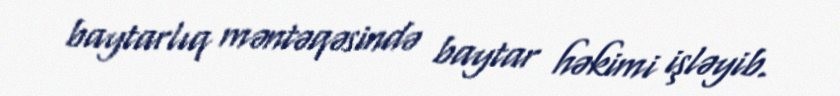
baytarlıq məntəqəsində baytar həkimi işləyib.